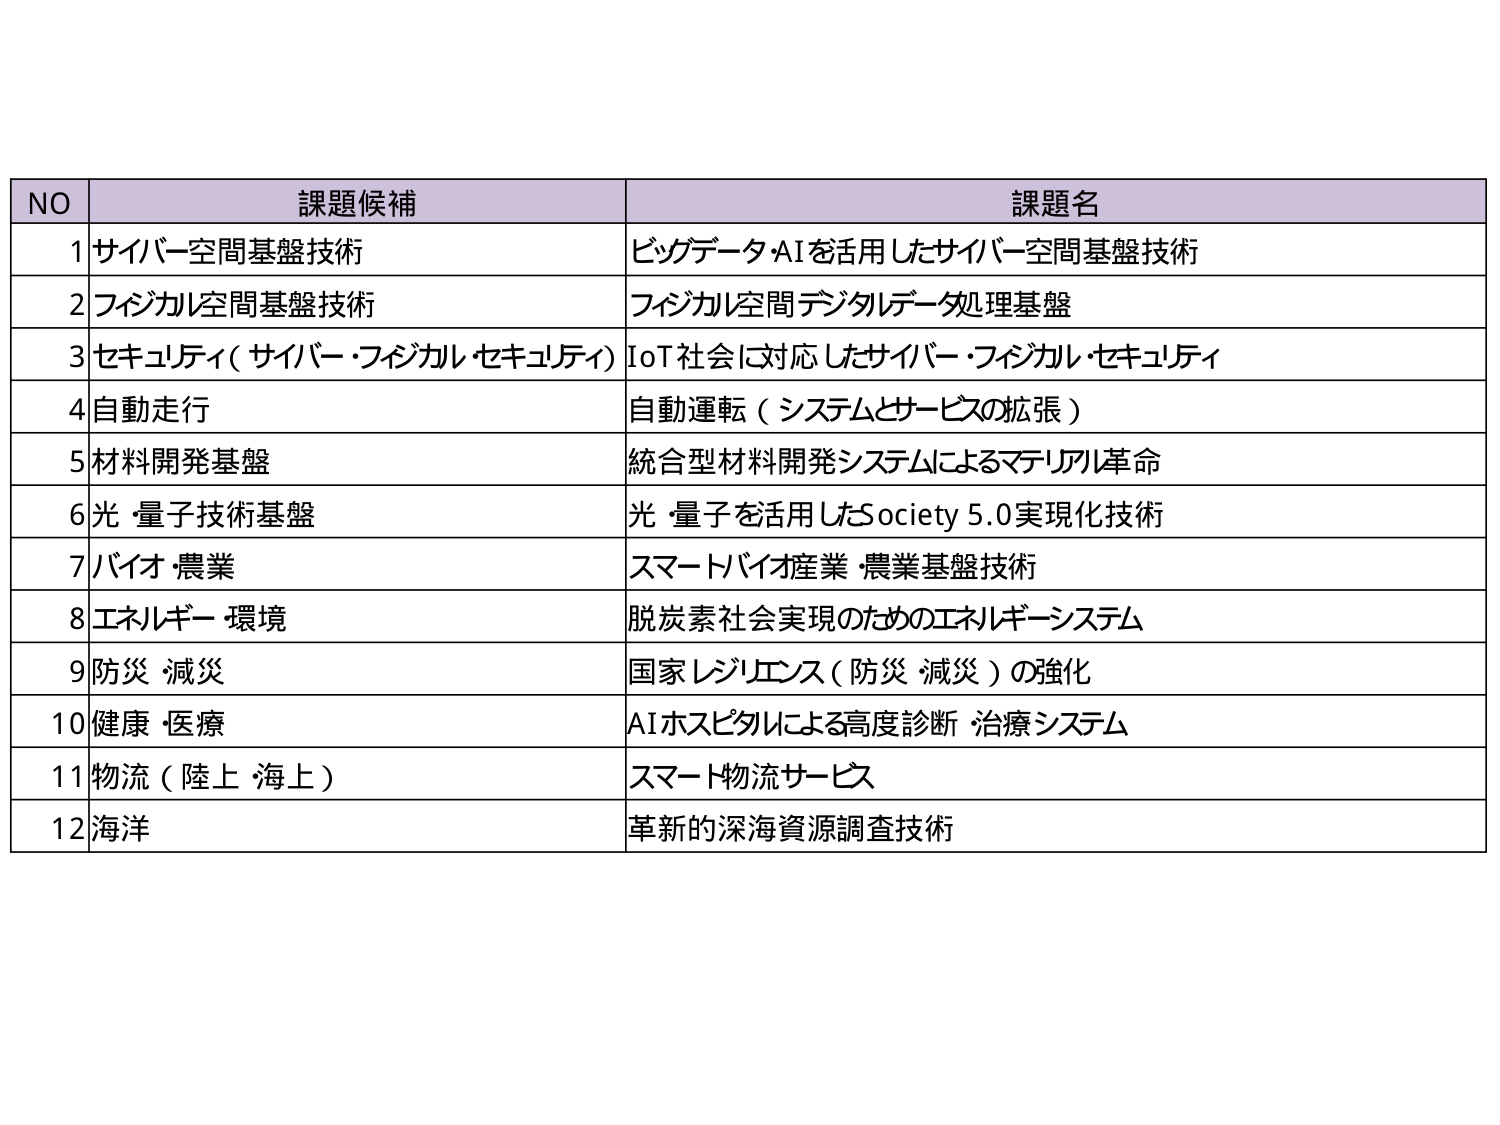
NO 課題候補 課題名
1 サイバー空間基盤技術 ビッグデータAIを活用したサイバー空間基盤技術
2 フィジカル空間基盤技術 フィジカル空間デジタルデータ処理基盤
3 セキュリティ（サイバー・フィジカル・セキュリティ） IoT社会に対応したサイバー・フィジカル・セキュリティ
4 自動走行 自動運転（システムとサービスの拡張）
5 材料開発基盤 統合型材料開発システムによるマテリアル革命
6 光・量子技術基盤 光・量子を活用したSociety 5.0実現化技術
7 バイオ・農業 スマートバイオ産業・農業基盤技術
8 エネルギー・環境 脱炭素社会実現のためのエネルギーシステム
9 防災・減災 国家レジリエンス（防災・減災）の強化
10 健康・医療 AIホスピタルによる高度診断・治療システム
11 物流（陸上・海上） スマート物流サービス
12 海洋 革新的深海資源調査技術